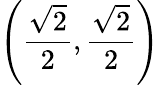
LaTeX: \left({\frac{\sqrt{2}}{2}},{\frac{\sqrt{2}}{2}}\right)